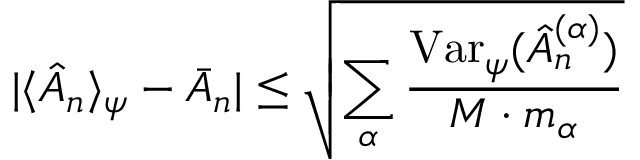
| \langle \hat { A } _ { n } \rangle _ { \psi } - \bar { A } _ { n } | \leq \sqrt { \sum _ { \alpha } \frac { \mathrm { V a r } _ { \psi } ( \hat { A } _ { n } ^ { ( \alpha ) } ) } { M \cdot m _ { \alpha } } }